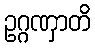
ဥဂ္ဂဏှာတိ